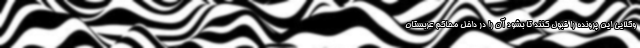
وکلایی این پرونده را قبول کنند تا بشود آن را در داخل محاکم عربستان